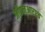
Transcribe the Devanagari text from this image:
जीएन्‌आरएच